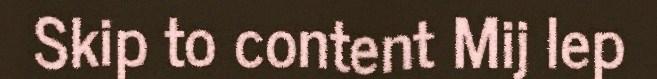
Skip to content Mij lep